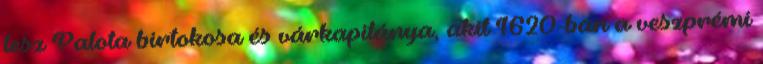
lesz Palota birtokosa és várkapitánya, akit 1620-ban a veszprémi